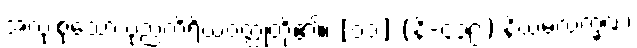
အလုံးစုံသော ပုညကိရိယဝတ္ထုတို့၏။ [၀၁] (နိ-၄၃၉) နိယမလက္ခဏံ၊